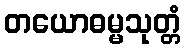
တယောဓမ္မသုတ္တံ